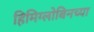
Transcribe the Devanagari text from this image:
हिमिग्लोबिनच्या